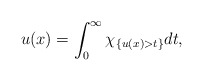
\begin{align*}u(x)=\int_0^{\infty}\chi_{\left\{ u(x)>t\right\}}dt,\end{align*}